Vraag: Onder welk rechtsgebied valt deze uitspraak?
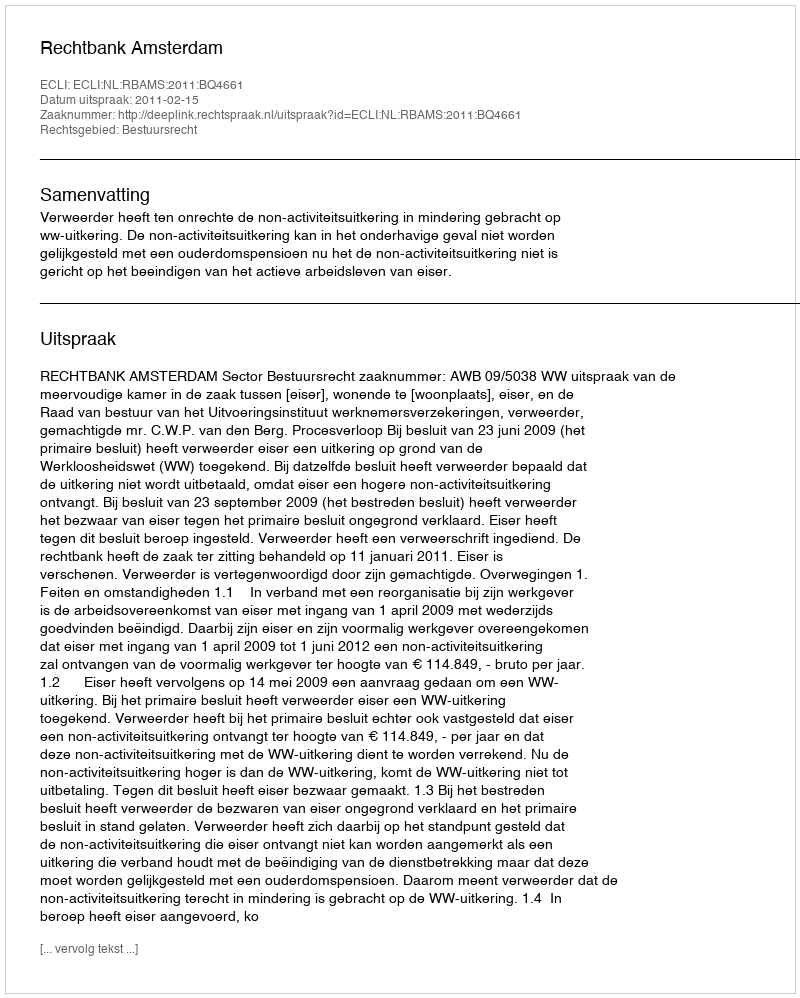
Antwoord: Bestuursrecht